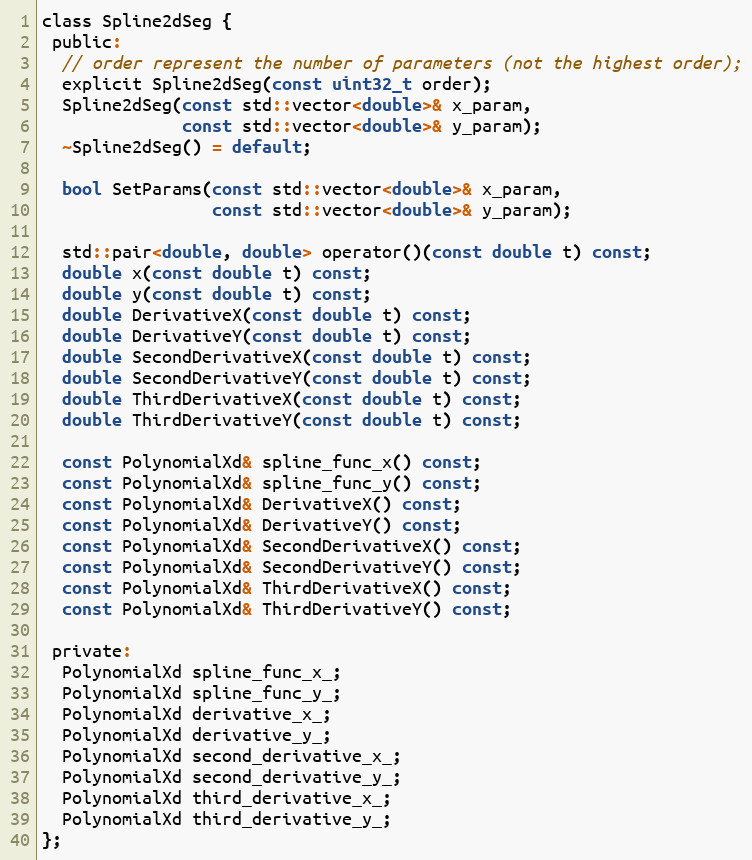
Language: C
class Spline2dSeg {
 public:
  // order represent the number of parameters (not the highest order);
  explicit Spline2dSeg(const uint32_t order);
  Spline2dSeg(const std::vector<double>& x_param,
              const std::vector<double>& y_param);
  ~Spline2dSeg() = default;

  bool SetParams(const std::vector<double>& x_param,
                 const std::vector<double>& y_param);

  std::pair<double, double> operator()(const double t) const;
  double x(const double t) const;
  double y(const double t) const;
  double DerivativeX(const double t) const;
  double DerivativeY(const double t) const;
  double SecondDerivativeX(const double t) const;
  double SecondDerivativeY(const double t) const;
  double ThirdDerivativeX(const double t) const;
  double ThirdDerivativeY(const double t) const;

  const PolynomialXd& spline_func_x() const;
  const PolynomialXd& spline_func_y() const;
  const PolynomialXd& DerivativeX() const;
  const PolynomialXd& DerivativeY() const;
  const PolynomialXd& SecondDerivativeX() const;
  const PolynomialXd& SecondDerivativeY() const;
  const PolynomialXd& ThirdDerivativeX() const;
  const PolynomialXd& ThirdDerivativeY() const;

 private:
  PolynomialXd spline_func_x_;
  PolynomialXd spline_func_y_;
  PolynomialXd derivative_x_;
  PolynomialXd derivative_y_;
  PolynomialXd second_derivative_x_;
  PolynomialXd second_derivative_y_;
  PolynomialXd third_derivative_x_;
  PolynomialXd third_derivative_y_;
};